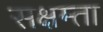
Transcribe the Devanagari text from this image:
सक्षम्ता